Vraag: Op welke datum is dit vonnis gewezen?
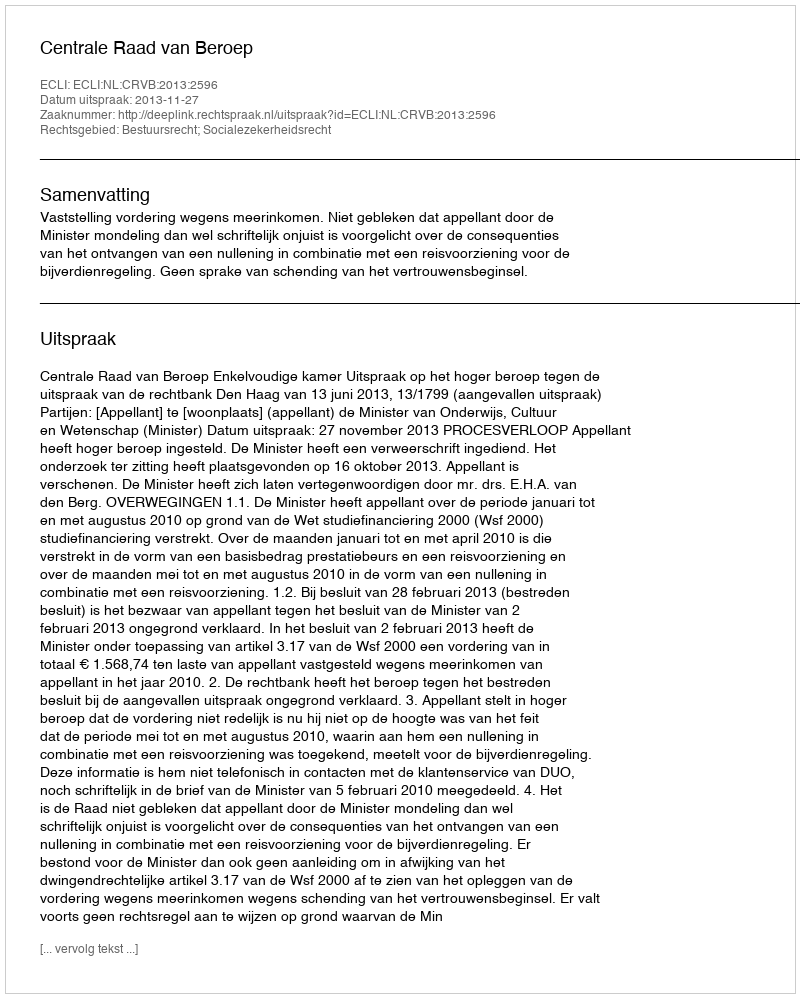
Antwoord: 2013-11-27